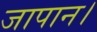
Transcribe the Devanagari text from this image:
जापान।